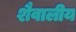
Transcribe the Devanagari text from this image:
शैवालीय